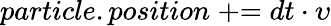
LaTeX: particle.position\mathrel{+}\mathrel{=}dt\cdot\upsilon